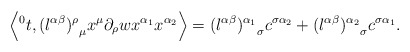
\begin{align*}\left\langle {^0t}, {(l^{\alpha \beta})^{\rho}}_{\mu} x^{\mu} \partial_{\rho} wx^{\alpha_1}x^{\alpha_2}\right\rangle= {(l^{\alpha \beta})^{\alpha_1}}_{\sigma} c^{\sigma \alpha_2}+ {(l^{\alpha \beta})^{\alpha_2}}_{\sigma} c^{\sigma \alpha_1}.\end{align*}